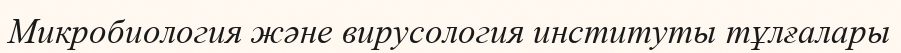
Микробиология және вирусология институты тұлғалары